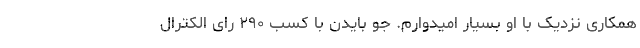
همکاری نزدیک با او بسیار امیدوارم. جو بایدن با کسب ۲۹۰ رای الکترال